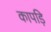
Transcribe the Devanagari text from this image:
कापड़ि